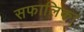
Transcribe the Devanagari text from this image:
सफालिका